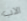
الاب